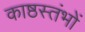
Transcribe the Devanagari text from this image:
काष्ठस्तंभों